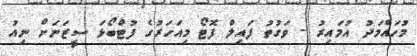
މުހައްމަދު އުމައިރު - ވަގުތު ފައިލް ފޮޓޯ މިއަހަރުގެ ފުޓްބޯޅަ ސީޒަނަށް ނިއު